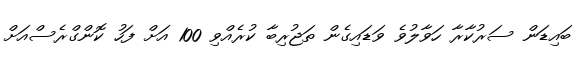
ބައިޑަން ސަރުކާރާ ހަވާލުވެ ވަޑައިގެން ތަޖުރިބާ ކުރެއްވި 100 އަށް ފަހު ކޮންގްރެސްއަށް